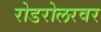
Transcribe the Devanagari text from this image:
रोडरोलरवर